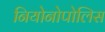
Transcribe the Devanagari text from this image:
नियोनोपोलिस